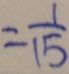
= \frac { 1 } { 1 5 }